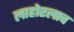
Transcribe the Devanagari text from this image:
लाहोरलाच